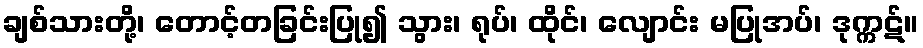
ချစ်သားတို့၊ တောင့်တခြင်းပြု၍ သွား၊ ရုပ်၊ ထိုင်၊ လျောင်း မပြုအပ်၊ ဒုက္ကဋ်။